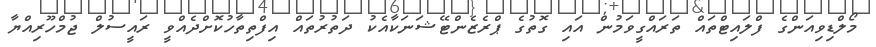
މޯލްޑިވިއަންގެ ފްލައިޓްތައް ތަރައްގީވަމުން އައި ގޮތުގެ ޕްރެޒެންޓޭޝަނަކާއެކު ދަތުރުތައް އިފްތިތާހުކޮށްދެއްވީ ރައީސުލް ޖުމްހޫރިއްޔާ